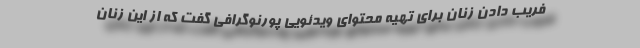
فریب دادن زنان برای تهیه محتوای ویدئویی پورنوگرافی گفت که از این زنان